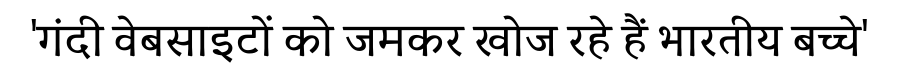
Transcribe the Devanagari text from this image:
'गंदी वेबसाइटों को जमकर खोज रहे हैं भारतीय बच्चे'